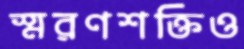
স্মরণশক্তিও